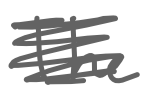
Text: The
Cross-out: scratch
Writing tool: digital_gray